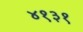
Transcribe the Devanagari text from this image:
४१३१